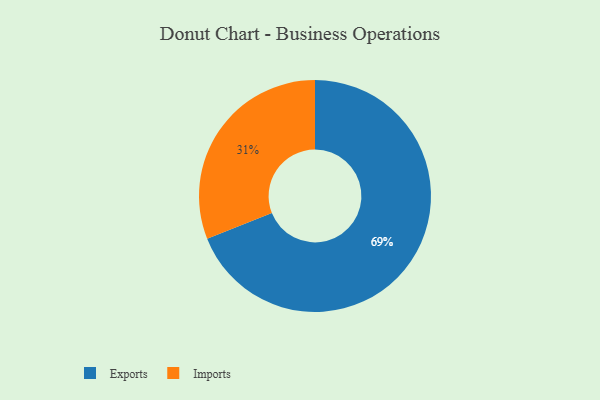
{"axis": {"x": "Category", "y": "Percentage"}, "legend": ["Exports", "Imports"], "data": [{"x": "Imports", "y": 31, "type": "Imports"}, {"x": "Exports", "y": 69, "type": "Exports"}]}